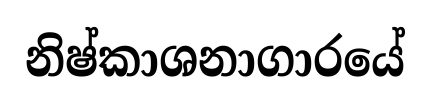
නිෂ්කාශනාගාරයේ